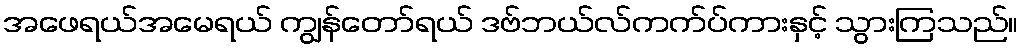
အဖေရယ်အမေရယ် ကျွန်တော်ရယ် ဒဗ်ဘယ်လ်ကက်ပ်ကားနှင့် သွားကြသည်။